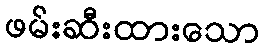
ဖမ်းဆီးထားသော